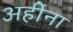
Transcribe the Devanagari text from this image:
अहींना